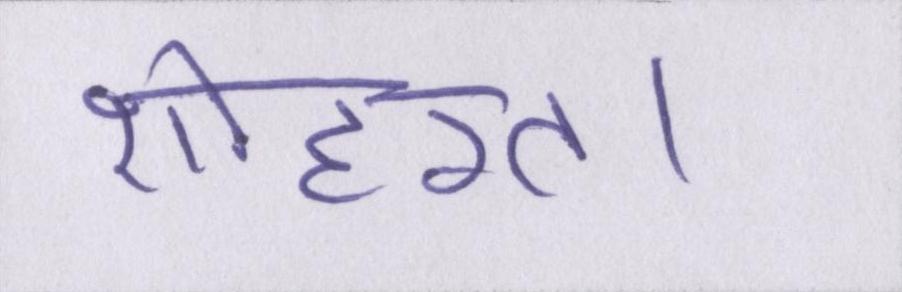
शोहरत।